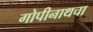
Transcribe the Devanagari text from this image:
गोपीनाथचा